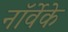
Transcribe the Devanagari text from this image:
नॉर्वेके